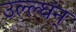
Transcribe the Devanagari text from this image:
उल्ल्घंन्